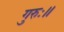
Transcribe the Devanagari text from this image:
गुरुः॥